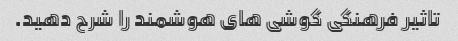
تاثیر فرهنگی گوشی های هوشمند را شرح دهید.